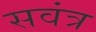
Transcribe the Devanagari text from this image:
सवंत्र